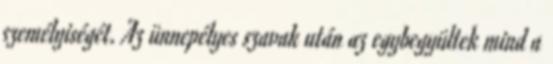
személyiségét. Az ünnepélyes szavak után az egybegyültek mind a